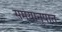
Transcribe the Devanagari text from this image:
समयानुपात